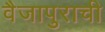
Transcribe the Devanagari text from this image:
वैजापुराची